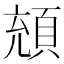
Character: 𩒘